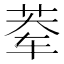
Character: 𰰿